Civil Veterinary Dept. North-West Frontier Province 1933-46 - 1933-1946
Year: 1933
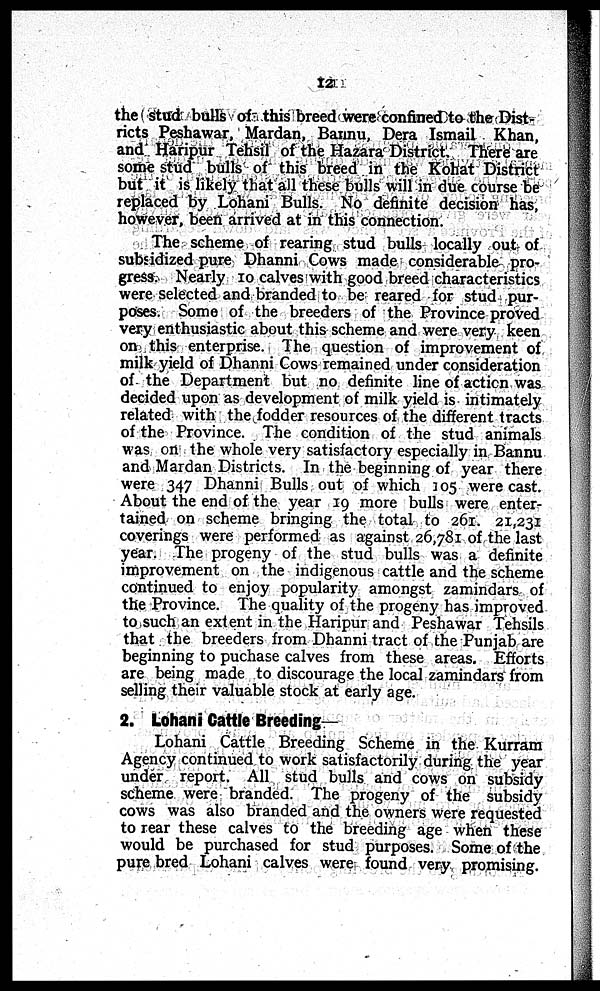
12
the stud bulls of this breed were confined to the Dist-
ricts Peshawar, Mardan, Bannu, Dera Ismail Khan,
and Haripur Tehsil of the Hazara District. There are
some stud bulls of this breed in the Kohat District
but it is likely that all these bulls will in due course be
replaced by Lohani Bulls. No definite decision has,
however, been arrived at in this connection.
The scheme of rearing stud bulls locally out of
subsidized pure Dhanni Cows made considerable pro-
gress. Nearly 10 calves with good breed characteristics
were selected and branded to be reared for stud pur-
poses. Some of the breeders of the Province proved
very enthusiastic about this scheme and were very keen
on this enterprise. The question of improvement of
milk yield of Dhanni Cows remained under consideration
of the Department but no definite line of action was
decided upon as development of milk yield is intimately
related with the fodder resources of the different tracts
of the Province. The condition of the stud animals
was on the whole very satisfactory especially in Bannu
and Mardan Districts. In the beginning of year there
were 347 Dhanni Bulls out of which 105 were cast.
About the end of the year 19 more bulls were enter-
tained on scheme bringing the total to 261. 21,231
coverings were performed as against 26,781 of the last
year. The progeny of the stud bulls was a definite
improvement on the indigenous cattle and the scheme
continued to enjoy popularity amongst zamindars of
the Province. The quality of the progeny has improved
to such an extent in the Haripur and Peshawar Tehsils
that the breeders from Dhanni tract of the Punjab are
beginning to puchase calves from these areas. Efforts
are being made to discourage the local zamindars from
selling their valuable stock at early age.
2. Lohani Cattle Breeding—
Lohani Cattle Breeding Scheme in the Kurram
Agency continued to work satisfactorily during the year
under report. All stud bulls and cows on subsidy
scheme were branded. The progeny of the subsidy
cows was also branded and the owners were requested
to rear these calves to the breeding age when these
would be purchased for stud purposes. Some of the
pure bred Lohani calves were found very promising.